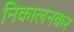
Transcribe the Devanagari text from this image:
निकालनकर